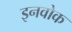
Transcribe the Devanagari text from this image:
इनवोक